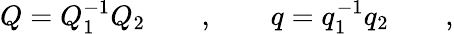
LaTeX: Q=Q_{1}^{-1}Q_{2}\qquad,\qquad q=q_{1}^{-1}q_{2}\qquad,